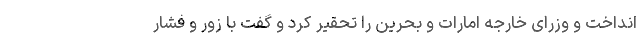
انداخت و وزرای خارجه امارات و بحرین را تحقیر کرد و گفت با زور و فشار